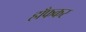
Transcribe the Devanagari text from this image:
हाँफकर